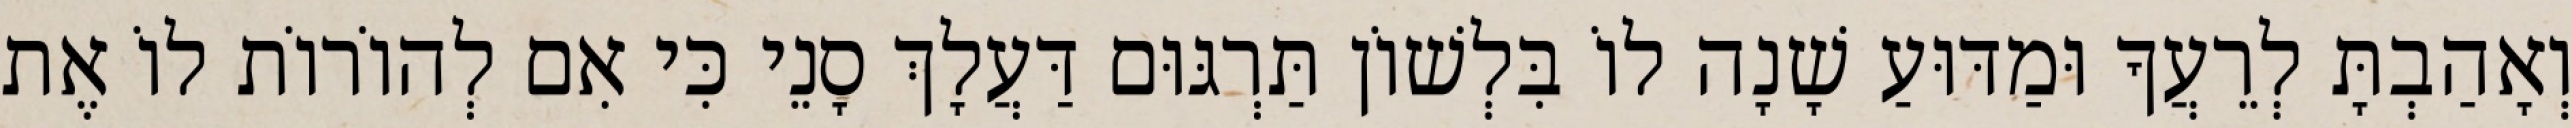
וְאָהַבְתָּ לְרֵעֲךָ וּמַדּוּעַ שָׁנָה לוֹ בִּלְשׁוֹן תַּרְגּוּם דַּעֲלָךְ סָנֵי כִּי אִם לְהוֹרוֹת לוֹ אֶת